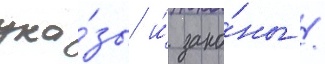
ука́зы и́ зако́ны /